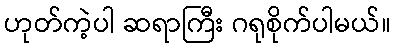
ဟုတ်ကဲ့ပါ ဆရာကြီး ဂရုစိုက်ပါမယ်။